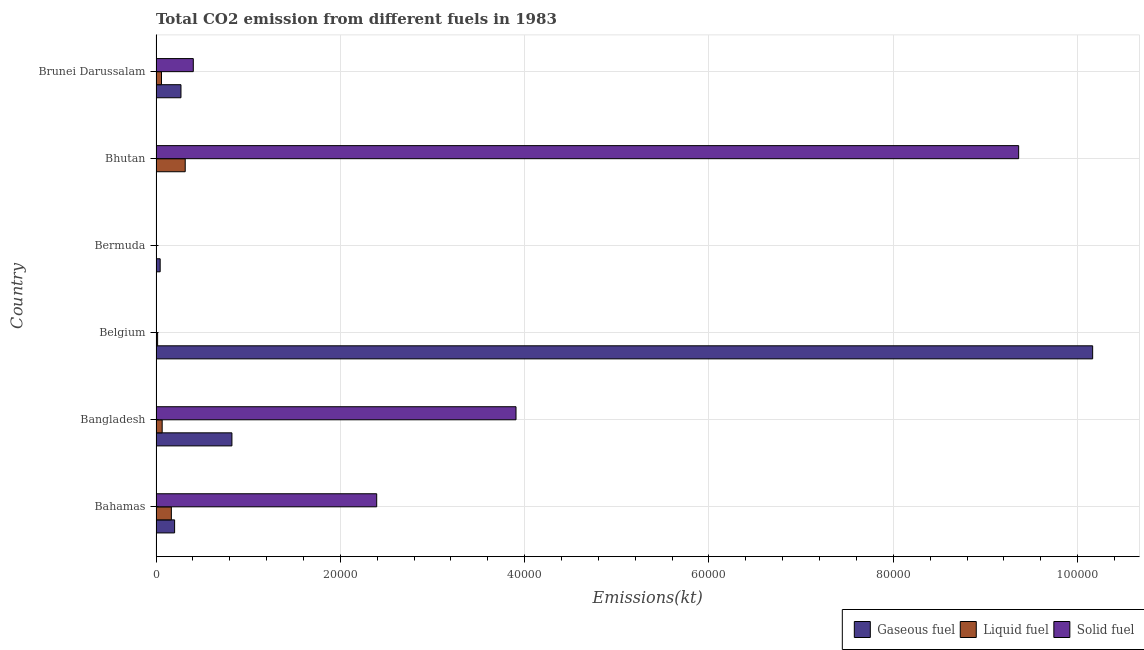
| Country | Gaseous fuel | Liquid fuel | Solid fuel |
 | --- | --- | --- | --- |
 | Bahamas | 2.02e+03 | 1.66e+03 | 2.39e+04 |
 | Bangladesh | 8.24e+03 | 667 | 3.91e+04 |
 | Belgium | 1.02e+05 | 172 | 18.3 |
 | Bermuda | 451 | 29.3 | 3.67 |
 | Bhutan | 29.3 | 3.17e+03 | 9.36e+04 |
 | Brunei Darussalam | 2.71e+03 | 594 | 4.04e+03 |